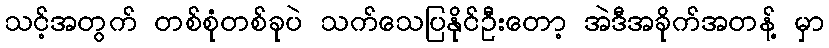
သင့်အတွက် တစ်စုံတစ်ခုပဲ သက်သေပြနိုင်ဦးတော့ အဲဒီအခိုက်အတန့် မှာ